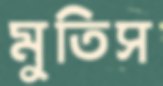
মুতিস